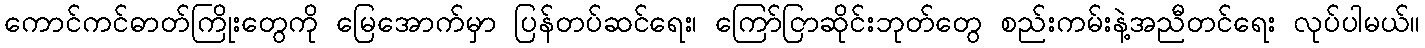
ကောင်ကင်ဓာတ်ကြိုးတွေကို မြေအောက်မှာ ပြန်တပ်ဆင်ရေး၊ ကြော်ငြာဆိုင်းဘုတ်တွေ စည်းကမ်းနဲ့အညီတင်ရေး လုပ်ပါမယ်။